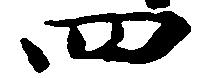
四